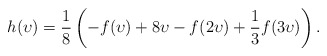
\begin{align*}h(\upsilon) = \frac 18 \left(-f(\upsilon) + 8\upsilon - f(2\upsilon) + \frac 13 f(3\upsilon)\right).\end{align*}